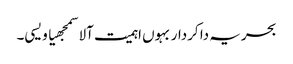
بحریہ دا کردار بہوں اہمیت آلا سمجھیا ویسی۔